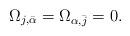
LaTeX: \begin{align*}\Omega_{j,\bar{\alpha}}=\Omega_{\alpha,\bar{j}}=0.\end{align*}